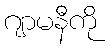
ဂျာမနီကို